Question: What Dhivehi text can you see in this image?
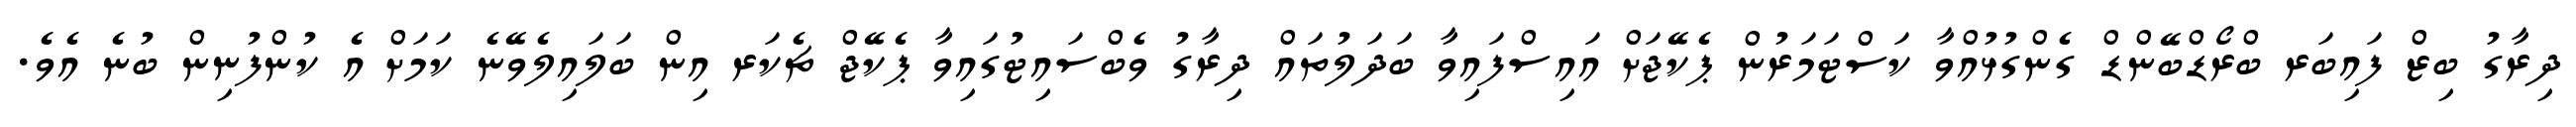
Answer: ދިރާގު ބިޒް ފައިބަރ ބްރޯޑްބޭންޑް ގެންގުޅުއްވާ ކަސްޓަމަރުން ޕެކޭޖަށް އައިސްފައިވާ ބަދަލުތައް ދިރާގު ވެބްސައިޓުގައިވާ ޕެކޭޖް ޗެކަރ އިން ބަލައިލެވޭނެ ކަމަށް އެ ކުންފުނިން ބުނެ އެވެ.